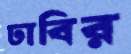
ঢাবির